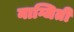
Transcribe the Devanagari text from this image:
नाग्जिती